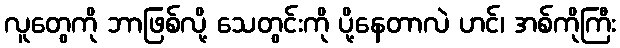
လူတွေကို ဘာဖြစ်လို့ သေတွင်းကို ပို့နေတာလဲ ဟင်၊ အစ်ကိုကြီး